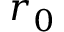
r _ { 0 }